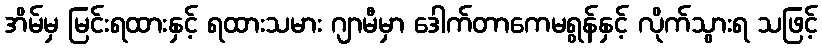
အိမ်မှ မြင်းရထားနှင့် ရထားသမား ဂျာမီမှာ ဒေါက်တာကေမရွန်နှင့် လိုက်သွားရ သဖြင့်